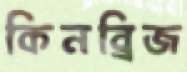
কিনব্রিজ